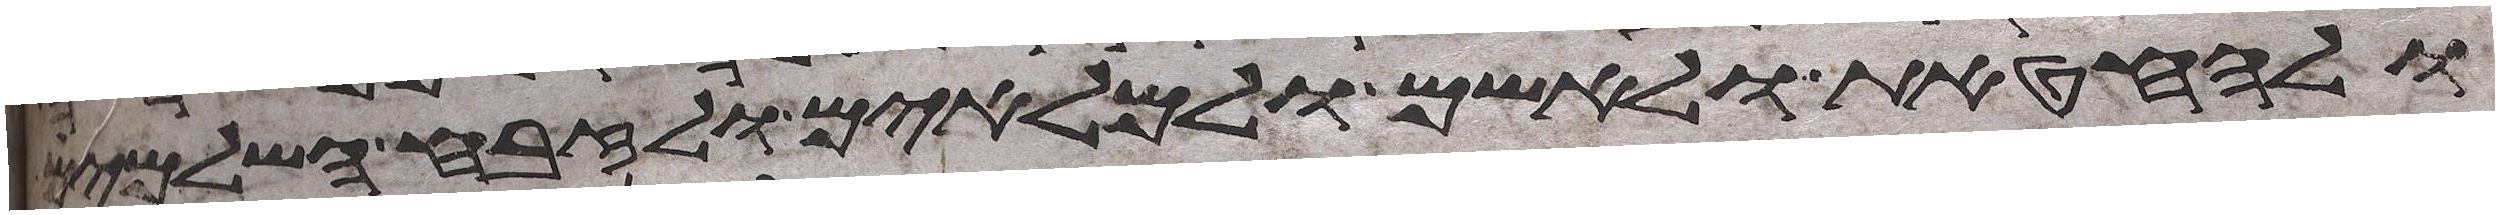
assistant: ולחטאת ולאשם ולמלאים ולזבח השלמים